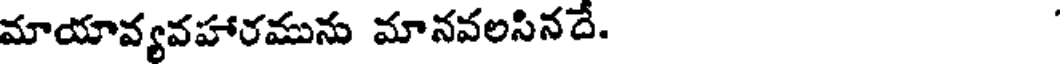
మాయావ్యవహారమును మానవలసినదే.